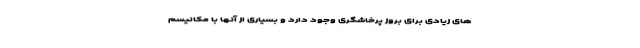
های زیادی برای بروز پرخاشگری وجود دارد و بسیاری از آنها با مکانیسم